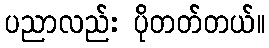
ပညာလည်း ပိုတတ်တယ်။